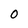
Character: O